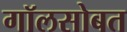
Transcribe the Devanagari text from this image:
गॉलसोबत